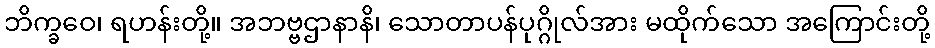
ဘိက္ခဝေ၊ ရဟန်းတို့။ အဘဗ္ဗဌာနာနိ၊ သောတာပန်ပုဂ္ဂိုလ်အား မထိုက်သော အကြောင်းတို့